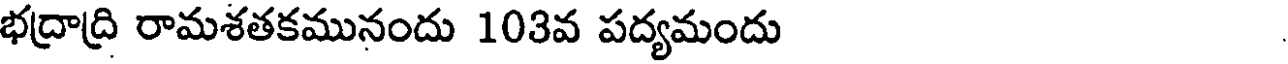
భద్రాద్రి రామశతకమునందు 103వ పద్యమందు